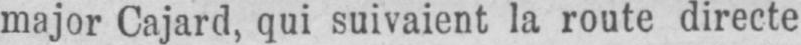
major Cajard, qui suivaient la route directe